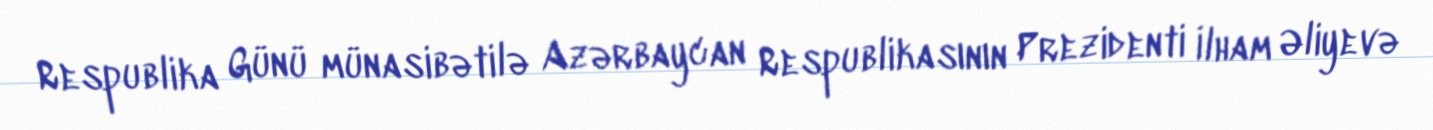
Respublika Günü münasibətilə Azərbaycan Respublikasının Prezidenti İlham Əliyevə